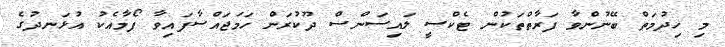
މި ހިދުމަތް ބޭނުންވާ ފަރާތްތަކުން ޓެކްސީ ލައިސަންސް ދޫކުރަން ހަމަޖައްސާފައިވާ ފޯމާއެކު އުޅަނދުގެ